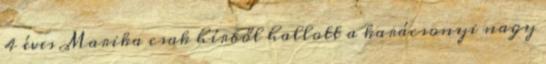
4 éves Marika csak hírből hallott a karácsonyi nagy